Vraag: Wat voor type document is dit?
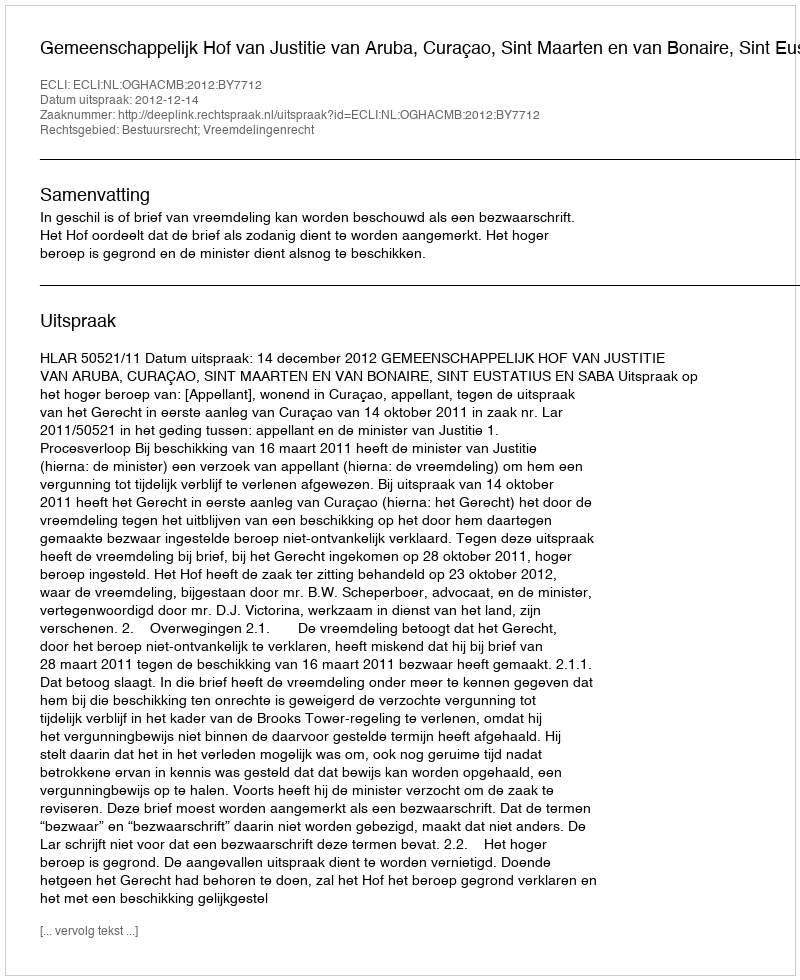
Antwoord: Uitspraak